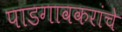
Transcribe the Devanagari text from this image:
पाडगावकरांचे